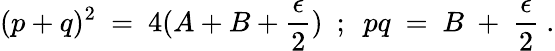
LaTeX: (p+q)^{2}~=~4(A+B+\frac{\epsilon}{2})~~;~~pq~=~B~+~\frac{\epsilon}{2}~.